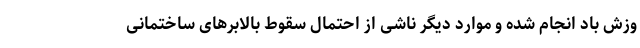
وزش باد انجام شده و موارد دیگر ناشی از احتمال سقوط بالابرهای ساختمانی